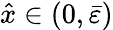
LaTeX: \hat{x}\in(0,\bar{\varepsilon})